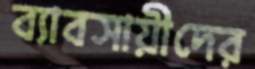
ব্যাবসায়ীদের